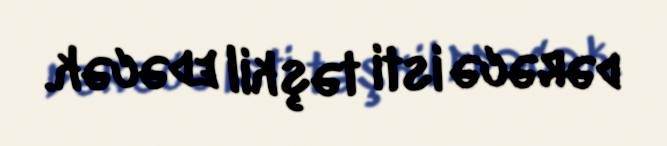
dərəcə isti təşkil edəcək.